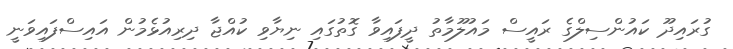
ގުރައިދޫ ކައުންސިލްގެ ރައީސް މައުލޫމާތު ދީފައިވާ ގޮތުގައި ނިޔާވި ކުއްޖާ ދިރިއުޅެމުން އައިސްފައިވަނީ